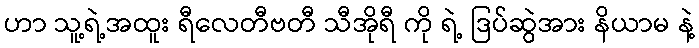
ဟာ သူ့ရဲ့အထူး ရီလေတီဗတီ သီအိုရီ ကို ရဲ့ ဒြပ်ဆွဲအား နိယာမ နဲ့